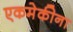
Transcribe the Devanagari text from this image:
एकमेकीना